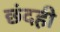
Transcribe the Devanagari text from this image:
छंदही